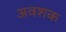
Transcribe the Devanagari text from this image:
अवशक